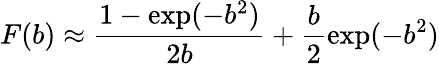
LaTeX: F(b)\approx\frac{1-\exp(-b^{2})}{2b}+\frac{b}{2}\exp(-b^{2})